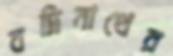
বদ্রিনাথের